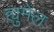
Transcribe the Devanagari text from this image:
ह्युमेल